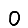
Digit: 0